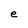
Character: e